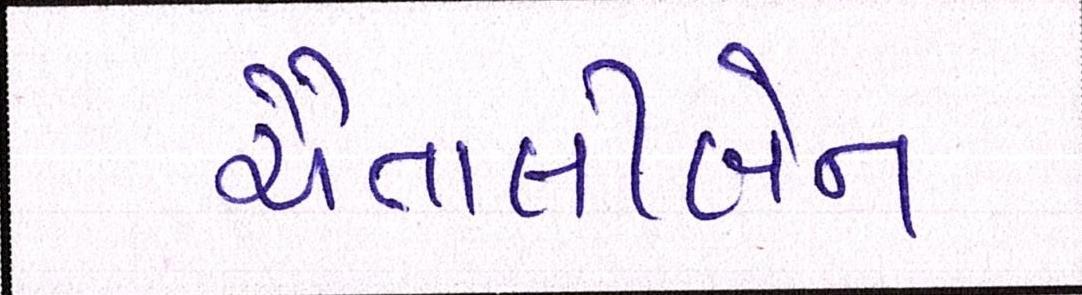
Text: ચૈતાલીબેન